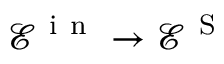
\mathcal { E } ^ { \mathrm { ~ i ~ n ~ } } \rightarrow \mathcal { E } ^ { \mathrm { ~ S ~ } }